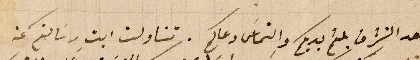
بعد التشرف بلثم يديكم والتماس دعاكم . تناولت ابتِ رسالتكم عن